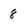
Character: 8